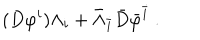
( D { \varphi } ^ { i } ) \Lambda _ { i } + \bar { \Lambda } _ { \bar { i } } \bar { D } { \bar { \varphi } } ^ { \bar { i } } \ .